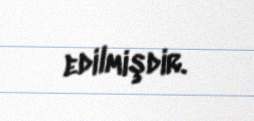
edilmişdir.